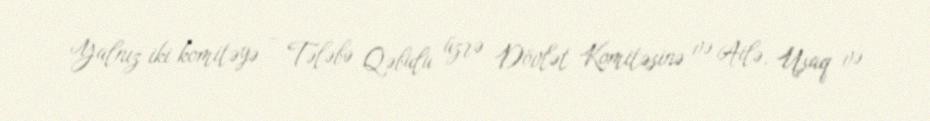
Yalnız iki komitəyə - Tələbə Qəbulu üzrə Dövlət Komitəsinə və Ailə, Uşaq və